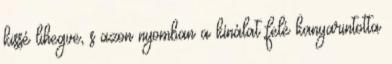
kissé lihegve, s azon nyomban a kínálat felé kanyarintotta